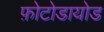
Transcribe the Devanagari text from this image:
फ़ोटोडायोड